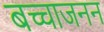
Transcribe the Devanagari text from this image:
बच्चाजनन